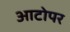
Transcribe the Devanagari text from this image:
आटोपर